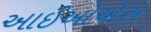
આઈઓએસ